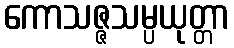
ကောသဇ္ဇသမ္ပယုတ္တာ